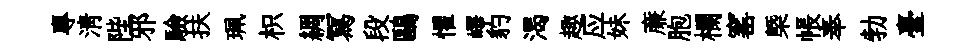
專清陛邪驗扶珮枳綢冩段鷗懼嶧豹渴趣应妹亷胞欄窰㮣帳奉勃臺